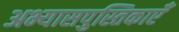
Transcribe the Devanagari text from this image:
अभ्यासपुस्तिकाएँ